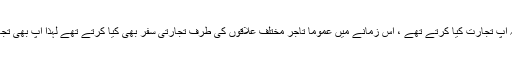
مثلاً: یہ بات مسلمہ ہے کہ آپ تجارت کیا کرتے تھے ، اُس زمانے میں عموماً تاجر مختلف علاقوں کی طرف تجارتی سفر بھی کیا کرتے تھے لہٰذا آپ بھی تجارتی سفر کرتے ہوں گے۔